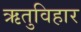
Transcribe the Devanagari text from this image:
ऋतुविहार